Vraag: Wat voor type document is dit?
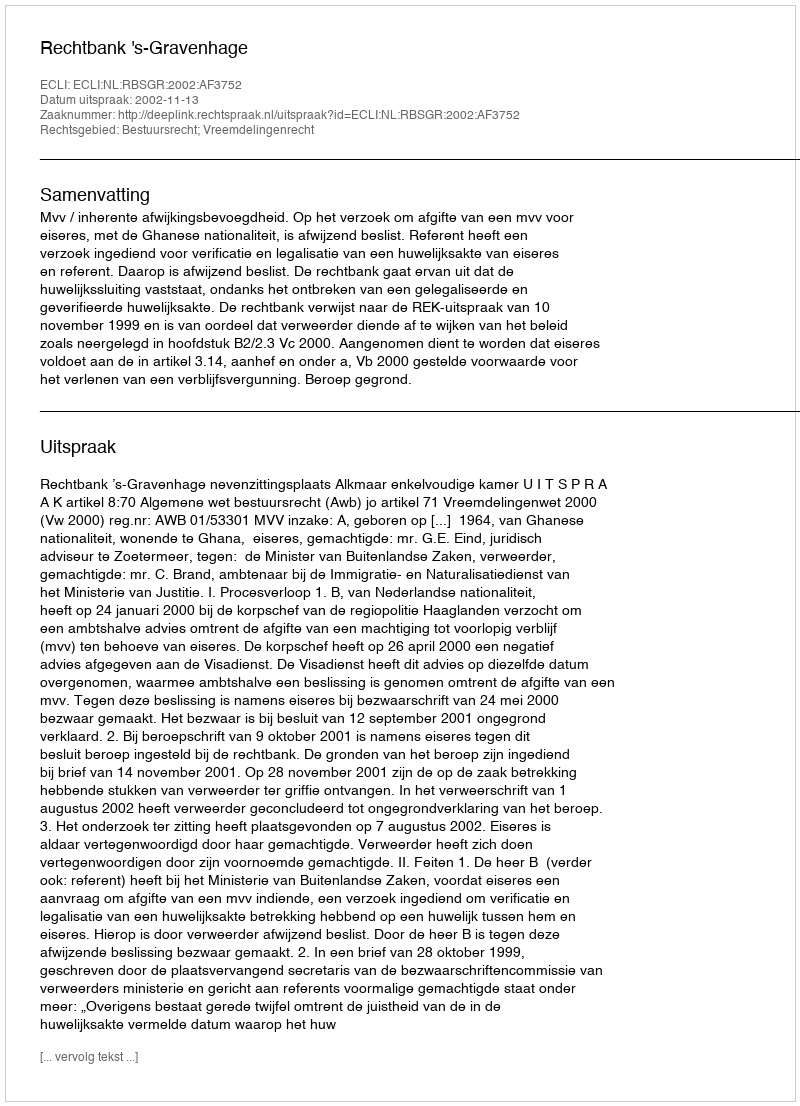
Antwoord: Uitspraak